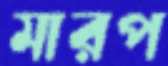
মারপ